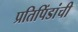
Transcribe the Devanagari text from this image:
प्रतिपिंडांची